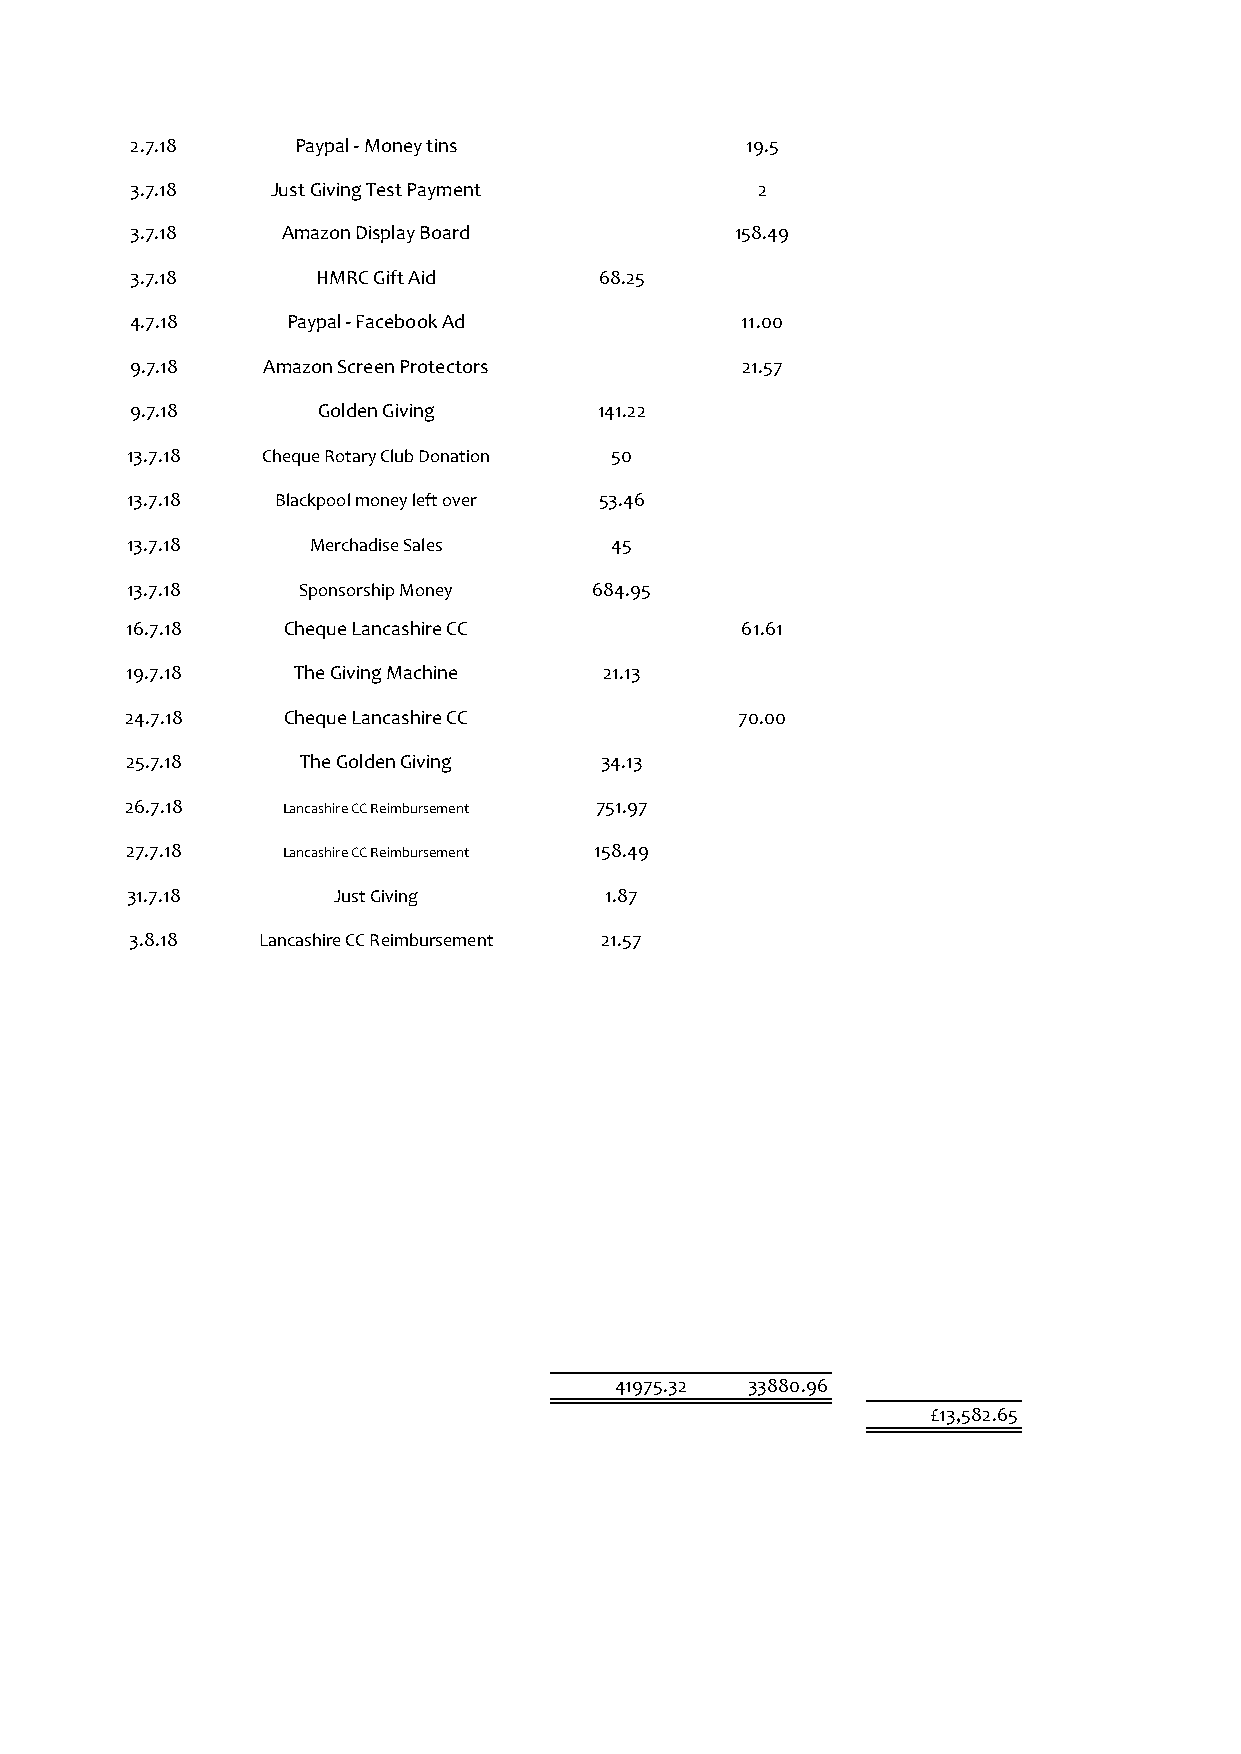
2.7.18     Paypal - Money tins          19.5
 3.7.18   Just Giving Test Payment        2
 3.7.18    Amazon Display Board          158.49
 3.7.18      HMRC Gift Aid      68.25
 4.7.18    Paypal - Facebook Ad          11.00
 9.7.18  Amazon Screen Protectors        21.57
 9.7.18      Golden Giving      141.22
 13.7.18  Cheque Rotary Club Donation 50
 13.7.18   Blackpool money left over 53.46
 13.7.18     Merchadise Sales    45
 13.7.18     Sponsorship Money  684.95
 16.7.18    Cheque Lancashire CC          61.61
 19.7.18    The Giving Machine   21.13
 24.7.18    Cheque Lancashire CC          70.00
 25.7.18     The Golden Giving   34.13
 26.7.18    Lancashire CC Reimbursement 751.97
 27.7.18    Lancashire CC Reimbursement 158.49
 31.7.18       Just Giving       1.87
 3.8.18  Lancashire CC Reimbursement 21.57
 41975.32 33880.96
 £13,582.65